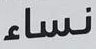
نساء